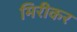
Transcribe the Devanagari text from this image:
मिरीकर